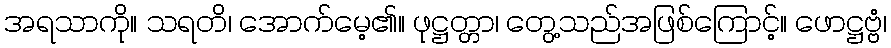
အရသာကို။ သရတိ၊ အောက်မေ့၏။ ဖုဋ္ဌတ္တာ၊ တွေ့သည်အဖြစ်ကြောင့်။ ဖောဋ္ဌဗ္ဗံ၊